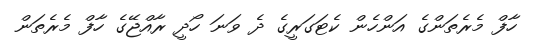
ހާފް މެރެތަންގެ އަންހެން ކެޓަގަރީގެ ދެ ވަނަ ހޯދީ ރާއްޖޭގެ ހާފް މެރެތަން